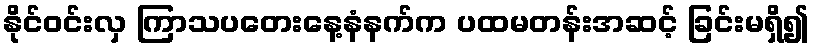
နိုင်ဝင်းလှ ကြာသပတေးနေ့နံနက်က ပထမတန်းအဆင့် ခြင်းမရှိ၍